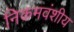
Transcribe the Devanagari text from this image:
निकमवंशीय